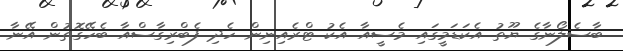
ބާސެލޯނާގެ ޔޫތު އެކަޑަމީގައި މެސީއާ އެކު ޓްރެއިނިން ހެދި ފެބްރިގާސްއާ ބެހޭގޮތުން އޭނާ